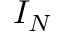
I _ { N }